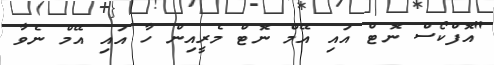
"އޮފްކޯސް ނޮޓް އައި އޭމް ނޮޓް މެރީއިން ހާ އައި އޭމް ނެވާ